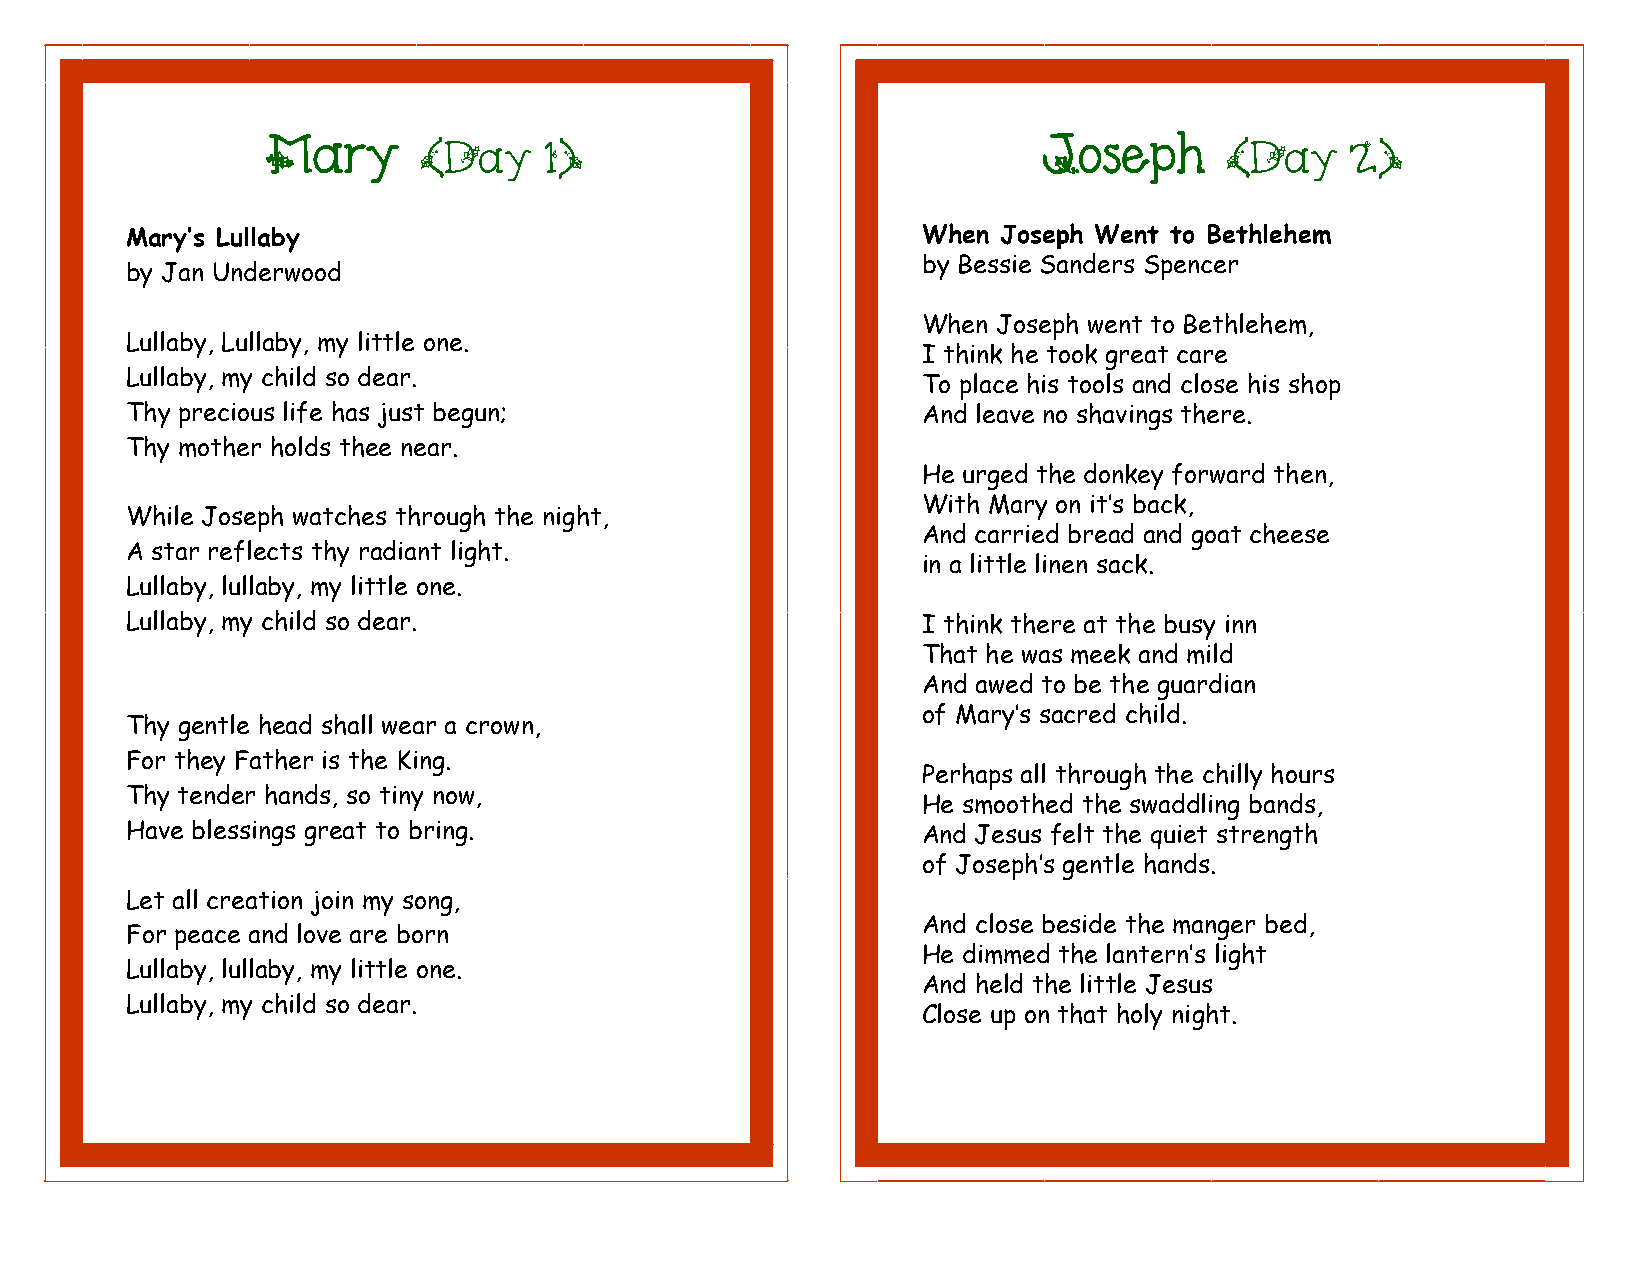
Mary                                               Joseph
 (Day    1)                                           (Day    2)
 Mary’s Lullaby                                       When Joseph Went to Bethlehem
 by Bessie Sanders Spencer
 by Jan Underwood
 When Joseph went to Bethlehem,
 Lullaby, Lullaby, my little one.
 I think he took great care
 Lullaby, my child so dear.
 To place his tools and close his shop
 Thy precious life has just begun;                    And leave no shavings there.
 Thy mother holds thee near.
 He urged the donkey forward then,
 With Mary on it’s back,
 While Joseph watches through the night,
 And carried bread and goat cheese
 A star reflects thy radiant light.
 in a little linen sack.
 Lullaby, lullaby, my little one.
 Lullaby, my child so dear.                           I think there at the busy inn
 That he was meek and mild
 And awed to be the guardian
 of Mary’s sacred child.
 Thy gentle head shall wear a crown,
 For they Father is the King.
 Perhaps all through the chilly hours
 Thy tender hands, so tiny now,
 He smoothed the swaddling bands,
 Have blessings great to bring.                       And Jesus felt the quiet strength
 of Joseph’s gentle hands.
 Let all creation join my song,
 And close beside the manger bed,
 For peace and love are born
 He dimmed the lantern’s light
 Lullaby, lullaby, my little one.
 And held the little Jesus
 Lullaby, my child so dear.
 Close up on that holy night.